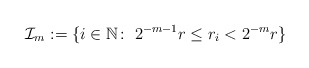
\begin{align*}\mathcal{I}_{m}:=\{i\in\mathbb{N}\colon\;2^{-m-1}r\leq r_{i}< 2^{-m}r\}\end{align*}